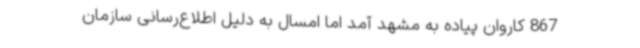
867 کاروان پیاده به مشهد آمد اما امسال به دلیل اطلاع‌رسانی سازمان